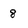
Character: 8